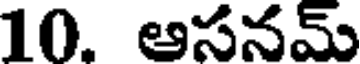
10. ఆసనమ్